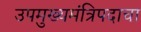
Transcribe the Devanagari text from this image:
उपमुख्यमंत्रिपदाचा